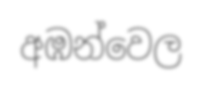
අඹන්වෙල